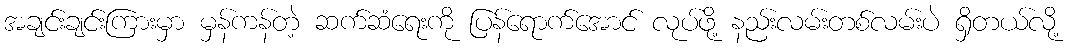
အချင်းချင်းကြားမှာ မှန်ကန်တဲ့ ဆက်ဆံရေးကို ပြန်ရောက်အောင် လုပ်ဖို့ နည်းလမ်းတစ်လမ်းပဲ ရှိတယ်လို့